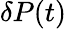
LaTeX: \delta P(t)